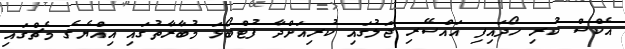
އެކްސް ކުރި ހޯދައިފި އައްސޭރި ޖަލުގައި ކުރިއަށްދާ ފުޓްބޯޅަ މުބާރާތުގައި އިއްޔެގެ މެޗްގައި